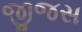
જીજસ